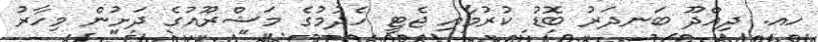
ހއ. ދިއްދޫ ބަނދަރު ބޮޑު ކުރުމާއި ޖެޓީ ހެދުމުގެ މަޝްރޫއުގެ ދަށުން މިހާރު